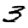
Digit: 3